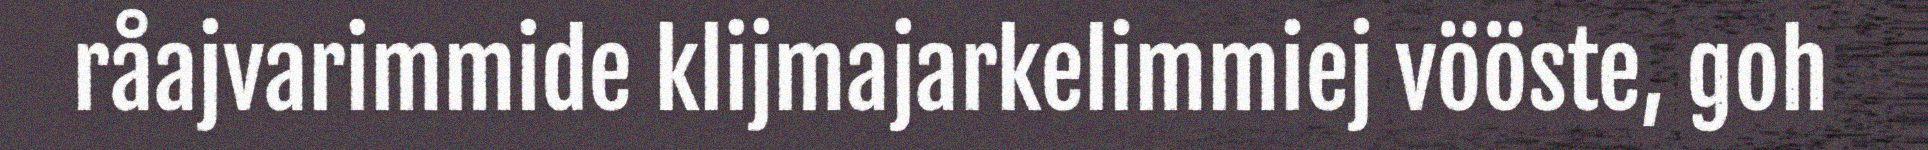
råajvarimmide klijmajarkelimmiej vööste, goh